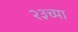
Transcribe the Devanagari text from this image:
२३च्या